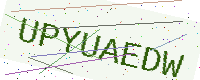
Text: UPYUAEDW